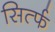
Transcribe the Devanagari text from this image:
सिर्त्फ